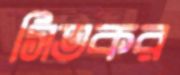
সিতকর